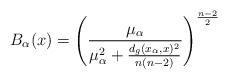
\begin{align*} B_\alpha(x) = \left(\frac{\mu_\alpha}{\mu_\alpha^2 + \frac{d_g(x_\alpha,x)^2}{n(n-2)}}\right)^{\frac{n-2}{2}} \end{align*}